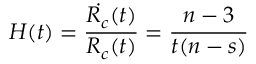
H ( t ) = \frac { \dot { R _ { c } } ( t ) } { R _ { c } ( t ) } = \frac { n - 3 } { t ( n - s ) }